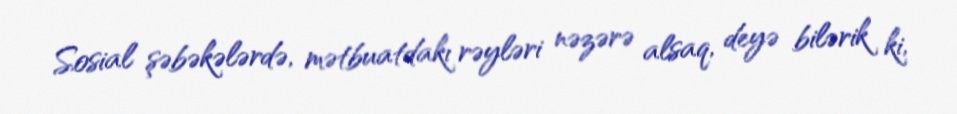
Sosial şəbəkələrdə, mətbuatdakı rəyləri nəzərə alsaq, deyə bilərik ki,